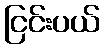
ငြင်းပယ်